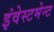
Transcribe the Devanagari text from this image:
इंवेस्टमेन्ट